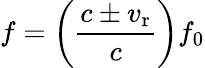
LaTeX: f=\left({\frac{c\pm v_{\mathrm{r}}}{c}}\right)f_{0}